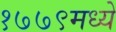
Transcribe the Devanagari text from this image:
१७७९मध्ये